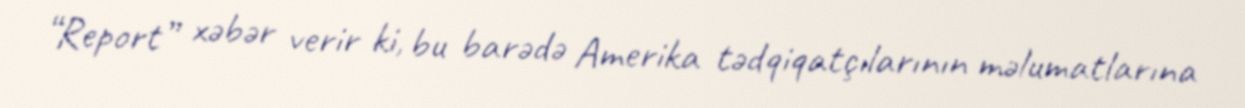
“Report” xəbər verir ki, bu barədə Amerika tədqiqatçılarının məlumatlarına